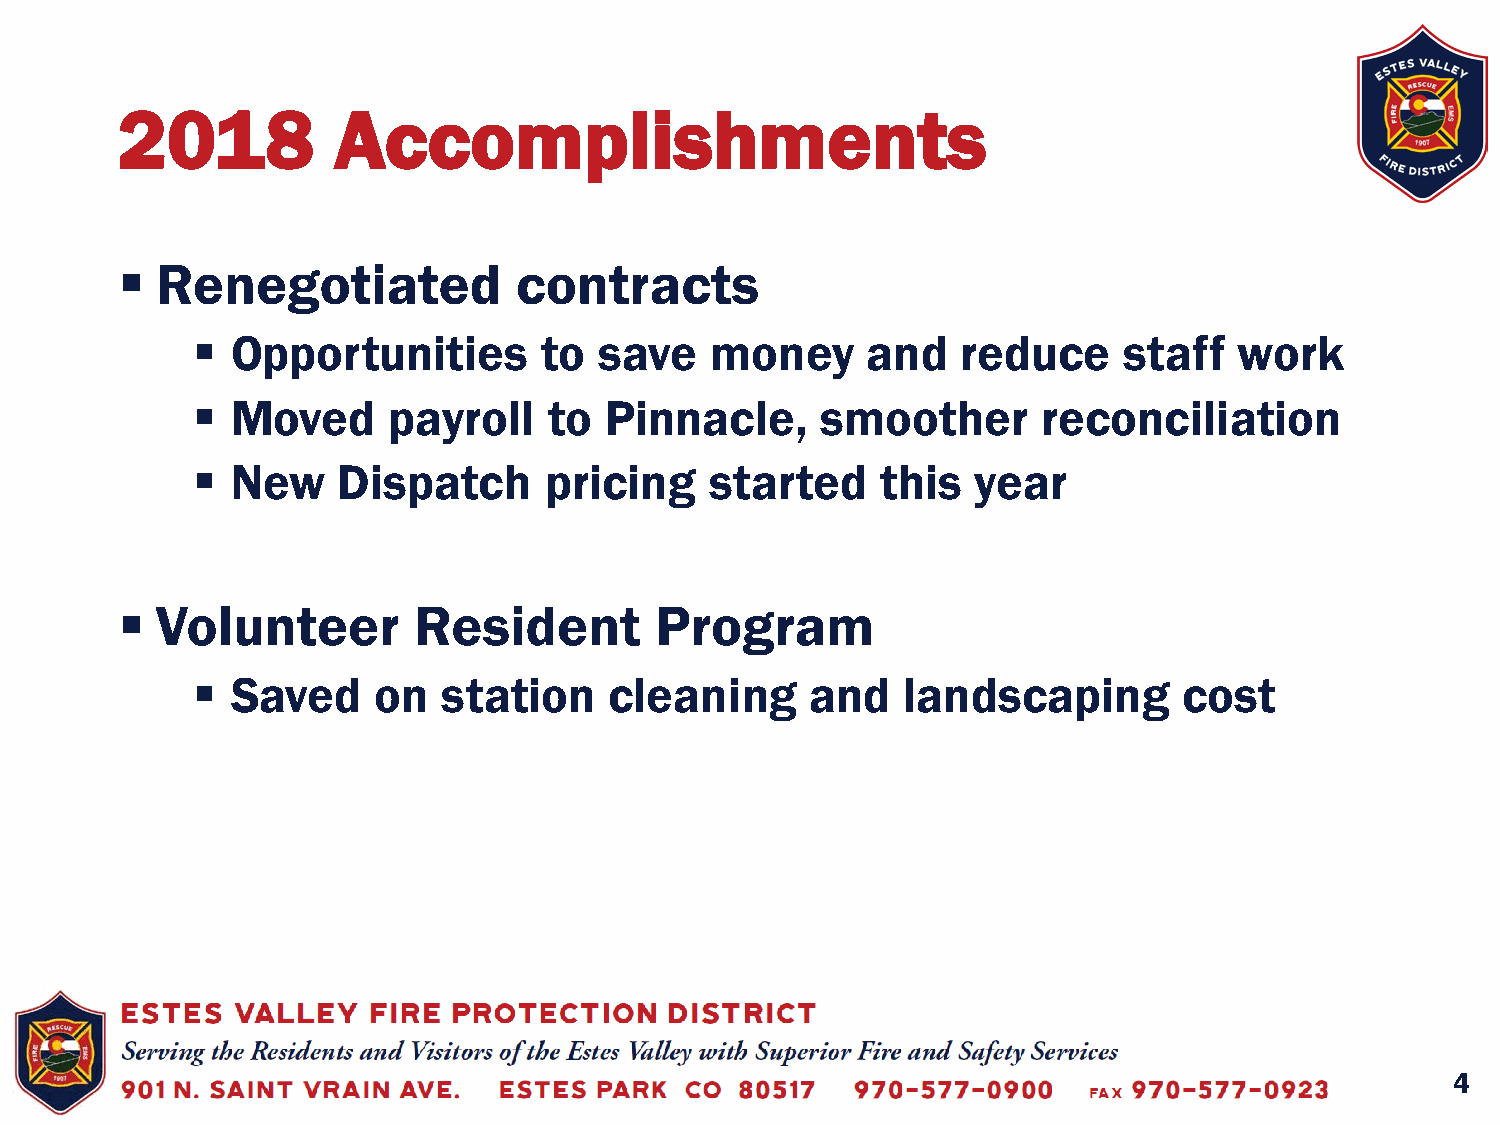
2018          Accomplishments
  Renegotiated            contracts
  Opportunities        to  save   money     and    reduce    staff   work
  Moved      payroll   to  Pinnacle,     smoother       reconciliation
  New    Dispatch      pricing    started    this   year
  Volunteer        Resident        Program
  Saved     on  station    cleaning      and   landscaping       cost
 4